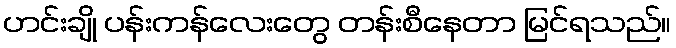
ဟင်းချို ပန်းကန်လေးတွေ တန်းစီနေတာ မြင်ရသည်။